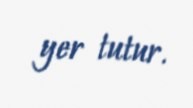
yer tutur.